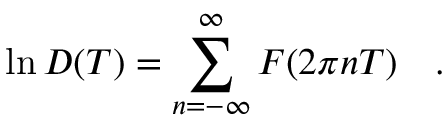
\ln { \cal D } ( T ) = \sum _ { n = - \infty } ^ { \infty } F ( 2 \pi n T ) ~ ~ ~ .